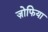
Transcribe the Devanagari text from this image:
ज़ोफिया